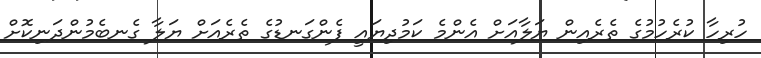
ހުރިހާ ކުރެހުމުގެ ތެރެއިން ޔަލާއަށް އެންމެ ކަމުދިޔައީ ފެންގަނޑުގެ ތެރެއަށް ޔަލާ ގެނބެމުންދަނިކޮށް